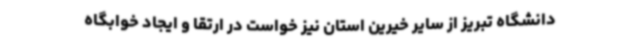
دانشگاه تبریز از سایر خیرین استان نیز خواست در ارتقا و ایجاد خوابگاه